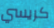
كريسي